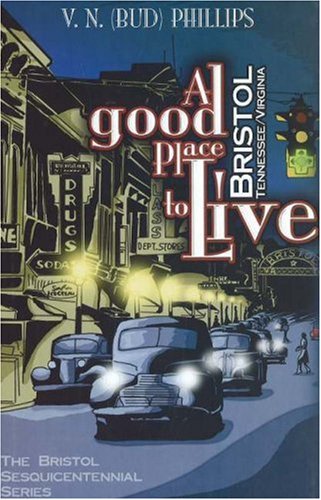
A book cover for A Good Place to Live: Bristol, Tennessee/Virginia (The Bristol Sesquicentennial Series); V. N. Bud Phillips; Travel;